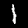
Label: 1